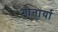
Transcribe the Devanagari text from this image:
गीतार्या